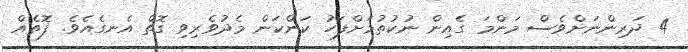
4 ދަރިންނަށްވެސް މަންމަ ގެއިން ނުކުތުމަށްފަހު ކަންކަން މެދުވެރިވި ގޮތް އެނގެއެވެ. ފޮތެއް